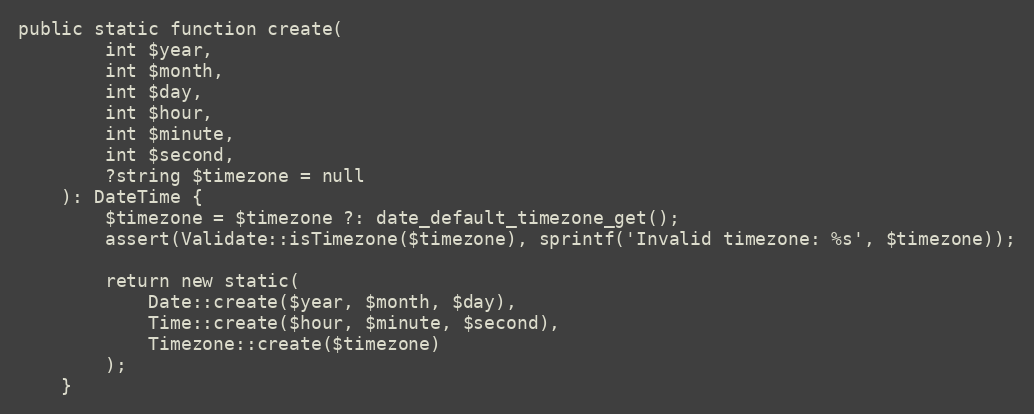
Language: PHP
public static function create(
        int $year,
        int $month,
        int $day,
        int $hour,
        int $minute,
        int $second,
        ?string $timezone = null
    ): DateTime {
        $timezone = $timezone ?: date_default_timezone_get();
        assert(Validate::isTimezone($timezone), sprintf('Invalid timezone: %s', $timezone));

        return new static(
            Date::create($year, $month, $day),
            Time::create($hour, $minute, $second),
            Timezone::create($timezone)
        );
    }